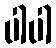
ပါပါ